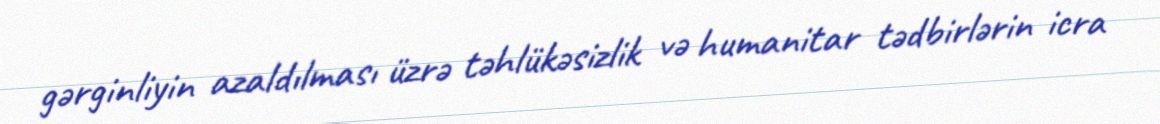
gərginliyin azaldılması üzrə təhlükəsizlik və humanitar tədbirlərin icra